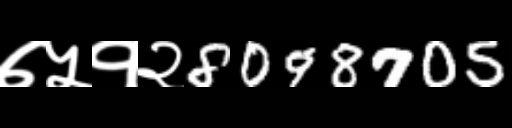
Text: ७५१२8098705